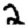
Digit: 2